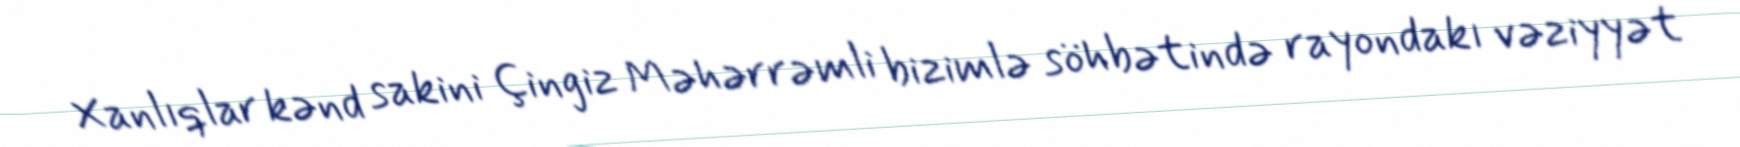
Xanlıqlar kənd sakini Çingiz Məhərrəmli bizimlə söhbətində rayondakı vəziyyət